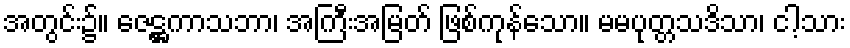
အတွင်း၌။ ဇေဋ္ဌကာသဘာ၊ အကြီးအမြတ် ဖြစ်ကုန်သော။ မမပုတ္တသဒိသာ၊ ငါ့သား